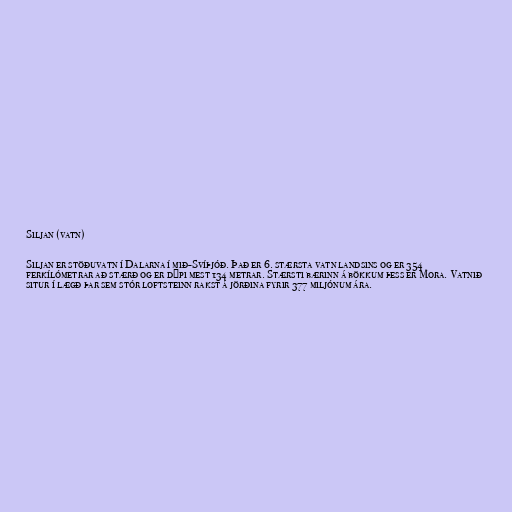
Siljan (vatn)

Siljan er stöðuvatn í Dalarna í mið-Svíþjóð. Það er 6. stærsta vatn landsins og er 354
ferkílómetrar að stærð og er dýpi mest 134 metrar. Stærsti bærinn á bökkum þess er Mora. Vatnið
situr í lægð þar sem stór loftsteinn rakst á jörðina fyrir 377 miljónum ára.